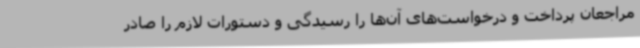
مراجعان پرداخت و درخواست‌های آن‌ها را رسیدگی و دستورات لازم را صادر